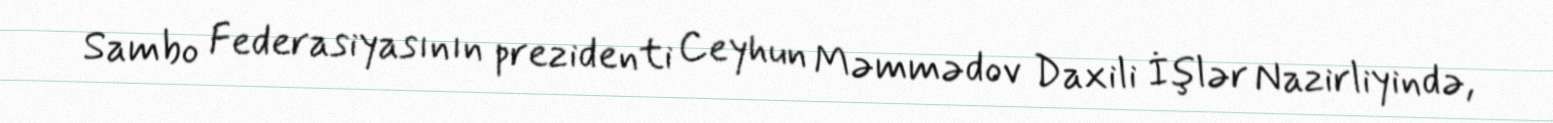
Sambo Federasiyasının prezidenti Ceyhun Məmmədov Daxili İşlər Nazirliyində,